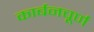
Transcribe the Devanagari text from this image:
कार्बनचूर्ण